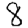
Digit: 8